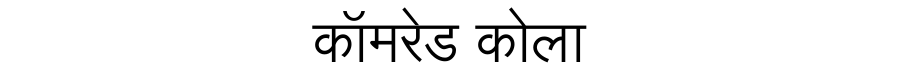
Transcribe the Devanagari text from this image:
कॉमरेड कोला